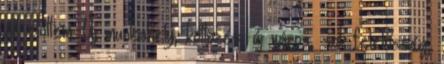
áll előttem. Új munkahely, költözés, új város, sok felelősség,